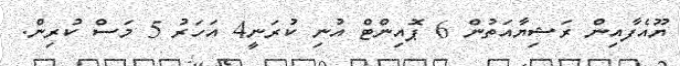
ޔޫއެފާއިން ރަޝިޔާއަތުން 6 ޕޮއިންޓް އުނި ކުރަނީ4 އަހަރު 5 މަސް ކުރިން.